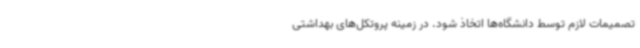
تصمیمات لازم توسط دانشگاه‌ها اتخاذ شود. در زمینه پروتکل‌های بهداشتی